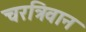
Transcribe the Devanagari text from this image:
चरत्रिवान